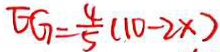
E G = \frac { 4 } { 5 } ( 1 0 - 2 x )